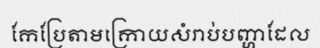
កែប្រែតាមក្រោយសំរាប់បញ្ហាដែល